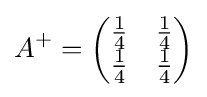
A^{+}={\begin{pmatrix}{\frac {1}{4}}&{\frac {1}{4}}\\{\frac {1}{4}}&{\frac {1}{4}}\end{pmatrix}}